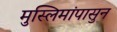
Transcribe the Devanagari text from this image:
मुस्लिमांपासुन